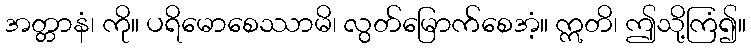
အတ္တာနံ၊ ကို။ ပရိမောစေဿာမိ၊ လွတ်မြောက်စေအံ့။ ဣတိ၊ ဤသို့ကြံ၍။